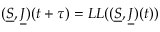
( \underline { { { S } } } , \underline { { { J } } } ) ( t + \tau ) = L L ( ( \underline { { { S } } } , \underline { { { J } } } ) ( t ) )